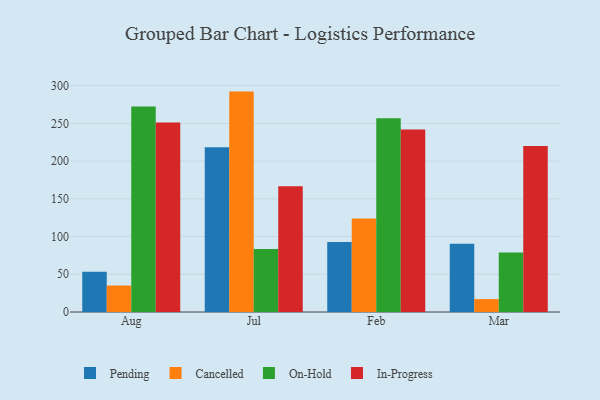
{"axis": {"x": "Month", "y": "Bounce Rate (%)"}, "legend": ["Cancelled", "In-Progress", "On-Hold", "Pending"], "data": [{"x": "Aug", "y": 53.2, "type": "Pending"}, {"x": "Aug", "y": 35.1, "type": "Cancelled"}, {"x": "Aug", "y": 272.2, "type": "On-Hold"}, {"x": "Aug", "y": 251.0, "type": "In-Progress"}, {"x": "Jul", "y": 218.2, "type": "Pending"}, {"x": "Jul", "y": 292.1, "type": "Cancelled"}, {"x": "Jul", "y": 83.5, "type": "On-Hold"}, {"x": "Jul", "y": 166.8, "type": "In-Progress"}, {"x": "Feb", "y": 92.9, "type": "Pending"}, {"x": "Feb", "y": 124.0, "type": "Cancelled"}, {"x": "Feb", "y": 256.8, "type": "On-Hold"}, {"x": "Feb", "y": 241.9, "type": "In-Progress"}, {"x": "Mar", "y": 90.6, "type": "Pending"}, {"x": "Mar", "y": 17.1, "type": "Cancelled"}, {"x": "Mar", "y": 79.0, "type": "On-Hold"}, {"x": "Mar", "y": 220.1, "type": "In-Progress"}]}